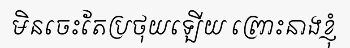
មិនចេះតែប្រថុយឡើយ ព្រោះនាងខ្ញុំ